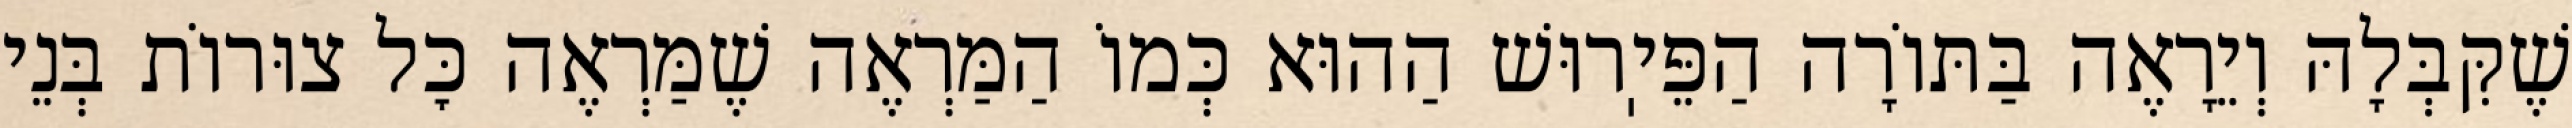
שֶׁקִּבְּלָהּ וְיֵרָאֶה בַּתּוֹרָה הַפֵּיֽרוּשׁ הַהוּא כְּמוֹ הַמַּרְאֶה שֶׁמַּרְאֶה כׇּל צוּרוֹת בְּנֵי